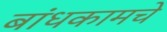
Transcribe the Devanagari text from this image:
बांधकामचे